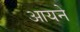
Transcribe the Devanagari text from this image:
आयने